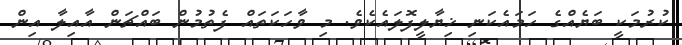
ކުރުމަކީ ބަޔެއްގެ ހަމައެކަނި ޚިޔާލީފޮލައެކެވެ. މި ވާހަކަތައް ފެތުމުން ބައްޗަން އާއިލާ އިން